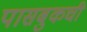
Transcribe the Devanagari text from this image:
पासबुकची